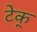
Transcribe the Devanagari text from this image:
टेक्